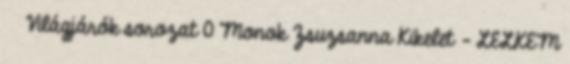
Világjárók sorozat 0 Monok Zsuzsanna Kikelet – LELKEM